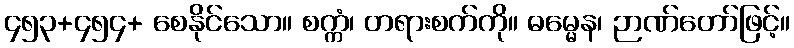
၄၅၃+၄၅၄+ စေနိုင်သော။ စက္ကံ၊ တရားစက်ကို။ ဓမ္မေန၊ ဉာဏ်တော်ဖြင့်။